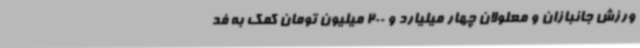
ورزش جانبازان و معلولان چهار میلیارد و 200 میلیون تومان کمک به فد